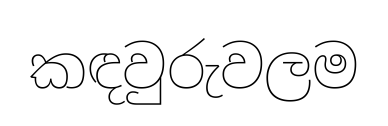
කඳවුරුවලම